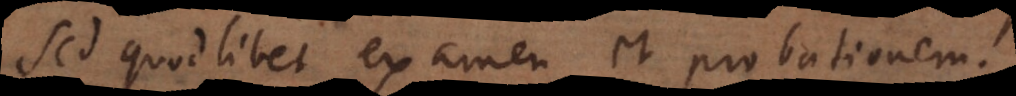
sed quodlibet examen et probationem.